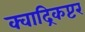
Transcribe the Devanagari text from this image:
क्वाद्रिकप्टर